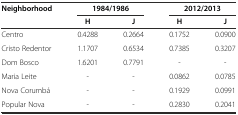
| Neighborhood | <COLSPAN=2> 1984/1986 | <COLSPAN=2> 2012/2013 |
 |  | H | J | H | J |
 | --- | --- | --- | --- | --- |
 | Centro | 0.4288 | 0.2664 | 0.1752 | 0.0900 |
 | Cristo Redentor | 1.1707 | 0.6534 | 0.7385 | 0.3207 |
 | Dom Bosco | 1.6201 | 0.7791 | - | - |
 | Maria Leite | - | - | 0.0862 | 0.0785 |
 | Nova Corumbá | - | - | 0.1929 | 0.0991 |
 | Popular Nova | - | - | 0.2830 | 0.2041 |